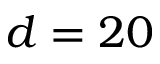
d = 2 0